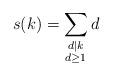
LaTeX: \begin{align*}s(k)= \sum_{\substack{d|k\\d \geq 1}} d \end{align*}